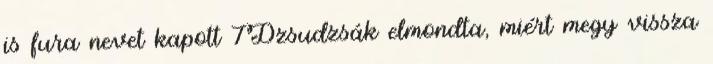
is fura nevet kapott 7Dzsudzsák elmondta, miért megy vissza